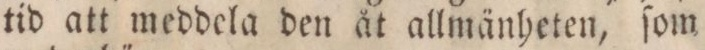
tid att meddela den åt allmänheten, ſom